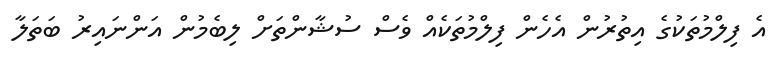
އެ ފިލްމުތަކުުގެ އިތުރުން އެހެން ފިލްމުތަކެއް ވެސް ސުޝާންތަށް ލިބެމުން އަންނައިރު ބަތަލާ